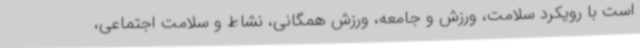
است با رویکرد سلامت، ورزش و جامعه، ورزش همگانی، نشاط و سلامت اجتماعی،